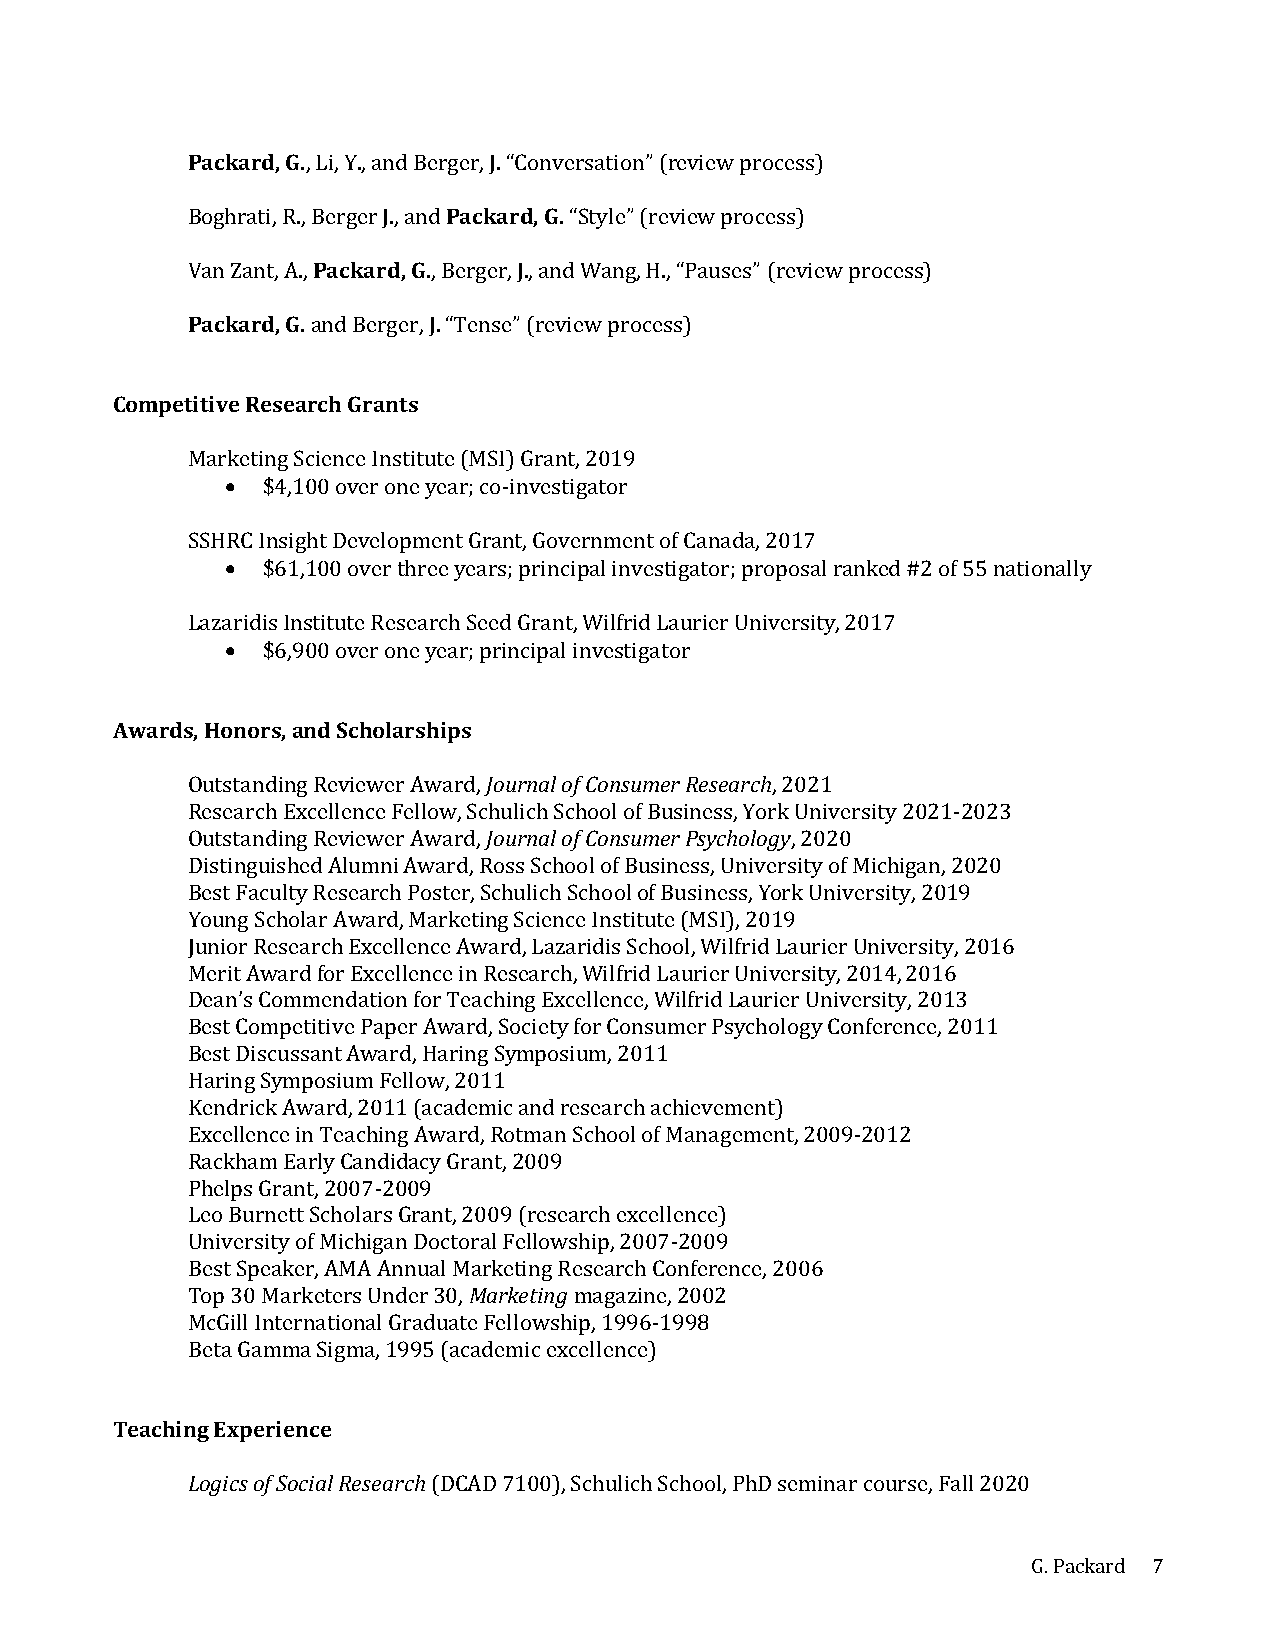
Packard, G., Li, Y., and Berger, J. “Conversation” (review process)
 Boghrati, R., Berger J., and Packard, G. “Style” (review process)
 Van Zant, A., Packard, G., Berger, J., and Wang, H., “Pauses” (review process)
 Packard, G. and Berger, J. “Tense” (review process)
 Competitive Research Grants
 Marketing Science Institute (MSI) Grant, 2019
 • $4,100 over one year; co-investigator
 SSHRC Insight Development Grant, Government of Canada, 2017
 • $61,100 over three years; principal investigator; proposal ranked #2 of 55 nationally
 Lazaridis Institute Research Seed Grant, Wilfrid Laurier University, 2017
 • $6,900 over one year; principal investigator
 Awards, Honors, and Scholarships
 Outstanding Reviewer Award, Journal of Consumer Research, 2021
 Research Excellence Fellow, Schulich School of Business, York University 2021-2023
 Outstanding Reviewer Award, Journal of Consumer Psychology, 2020
 Distinguished Alumni Award, Ross School of Business, University of Michigan, 2020
 Best Faculty Research Poster, Schulich School of Business, York University, 2019
 Young Scholar Award, Marketing Science Institute (MSI), 2019
 Junior Research Excellence Award, Lazaridis School, Wilfrid Laurier University, 2016
 Merit Award for Excellence in Research, Wilfrid Laurier University, 2014, 2016
 Dean’s Commendation for Teaching Excellence, Wilfrid Laurier University, 2013
 Best Competitive Paper Award, Society for Consumer Psychology Conference, 2011
 Best Discussant Award, Haring Symposium, 2011
 Haring Symposium Fellow, 2011
 Kendrick Award, 2011 (academic and research achievement)
 Excellence in Teaching Award, Rotman School of Management, 2009-2012
 Rackham Early Candidacy Grant, 2009
 Phelps Grant, 2007-2009
 Leo Burnett Scholars Grant, 2009 (research excellence)
 University of Michigan Doctoral Fellowship, 2007-2009
 Best Speaker, AMA Annual Marketing Research Conference, 2006
 Top 30 Marketers Under 30, Marketing magazine, 2002
 McGill International Graduate Fellowship, 1996-1998
 Beta Gamma Sigma, 1995 (academic excellence)
 Teaching Experience
 Logics of Social Research (DCAD 7100), Schulich School, PhD seminar course, Fall 2020
 G. Packard 7